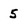
Character: 5